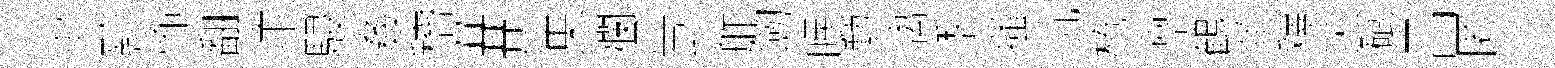
牢黔怖翻汴駸姦稽#集斕呉尋舴劒眠勲漓季搔沆棬凛鶴犖釋災碔昌匿